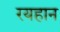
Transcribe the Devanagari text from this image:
रयहान